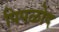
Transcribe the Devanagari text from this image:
पिपळोद